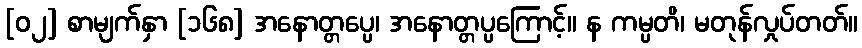
[၀၂] စာမျက်နှာ [၁၆၈] အနောတ္တပ္ပေ၊ အနောတ္တပ္ပကြောင့်။ န ကမ္ပတိ၊ မတုန်လှုပ်တတ်။